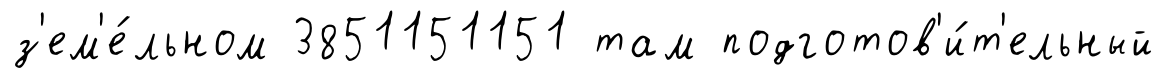
з'ем'е́льном 3851151151 там подготов'и́т'ельный